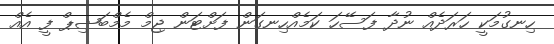
ހިނގުމަކީ ހަރަދެއް ނުދާ ފަސޭހަ ކަމެއްހިނގަން ފަށްޓަން ޖިމް މެމްބަޝިޕް ފީ އެއް